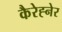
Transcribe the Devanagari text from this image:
कैरेह्नेर